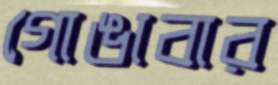
গোঙাবার